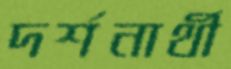
দর্শনার্থী